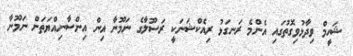
ޝަހީމް ވިދާޅުވިގޮތުގައި އެންމެ ރަނގަޅު ރިއެކްޝަނަކީ ރަސޫލާގެ ނަމޫނާ އިން އިންސާނިއްޔަތަށް ނަމޫނާ